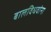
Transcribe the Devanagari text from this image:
बालविधवांना